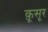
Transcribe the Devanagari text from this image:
क़ूसूर